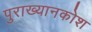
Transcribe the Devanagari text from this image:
पुराख्यानकोश